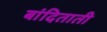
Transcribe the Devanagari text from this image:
बांदिताती